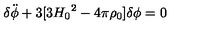
{ \delta } \ddot { \phi } + 3 [ 3 { H _ { 0 } } ^ { 2 } - 4 { \pi } { \rho } _ { 0 } ] { \delta } { \phi } = 0